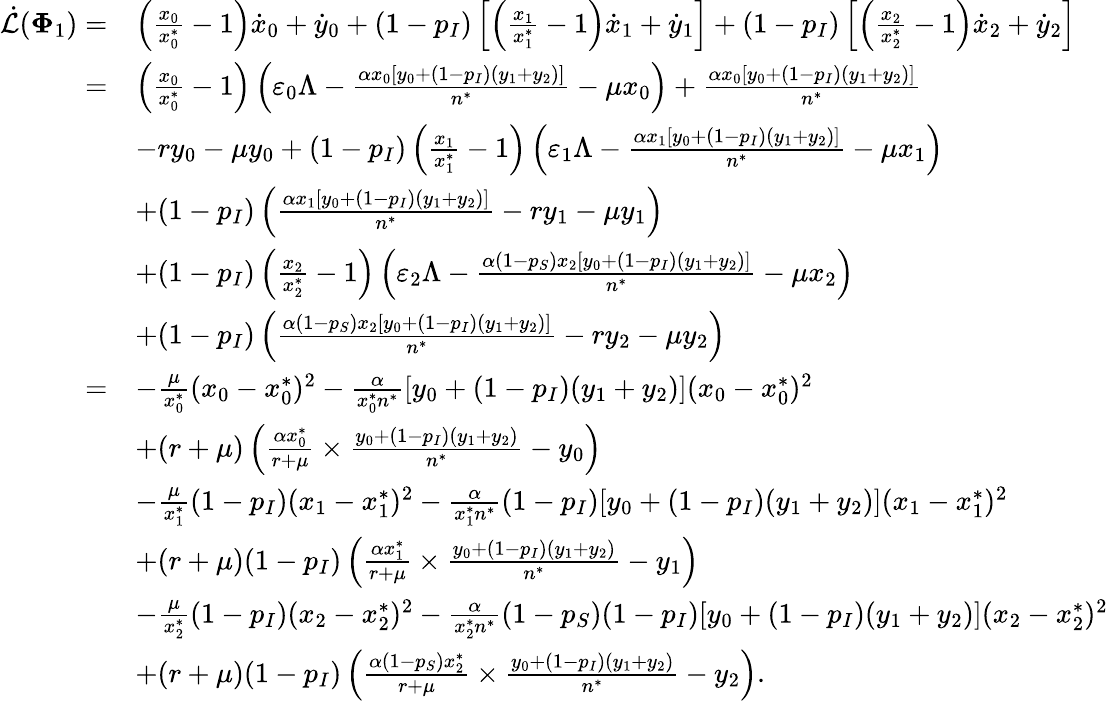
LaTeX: \begin{array}{rl}{\dot{\mathcal{L}}(\mathbf{\Phi}_{1})=}&{\left(\frac{x_{0}}{x_{0}^{*}}-1\right)\dot{x}_{0}+\dot{y}_{0}+(1-p_{I})\left[\left(\frac{x_{1}}{x_{1}^{*}}-1\right)\dot{x}_{1}+\dot{y}_{1}\right]+(1-p_{I})\left[\left(\frac{x_{2}}{x_{2}^{*}}-1\right)\dot{x}_{2}+\dot{y}_{2}\right]}\\ {=}&{\left(\frac{x_{0}}{x_{0}^{*}}-1\right)\left(\varepsilon_{0}\Lambda-\frac{\alpha x_{0}[y_{0}+(1-p_{I})(y_{1}+y_{2})]}{n^{*}}-\mu x_{0}\right)+\frac{\alpha x_{0}[y_{0}+(1-p_{I})(y_{1}+y_{2})]}{n^{*}}}\\ &{-ry_{0}-\mu y_{0}+(1-p_{I})\left(\frac{x_{1}}{x_{1}^{*}}-1\right)\left(\varepsilon_{1}\Lambda-\frac{\alpha x_{1}[y_{0}+(1-p_{I})(y_{1}+y_{2})]}{n^{*}}-\mu x_{1}\right)}\\ &{+(1-p_{I})\left(\frac{\alpha x_{1}[y_{0}+(1-p_{I})(y_{1}+y_{2})]}{n^{*}}-ry_{1}-\mu y_{1}\right)}\\ &{+(1-p_{I})\left(\frac{x_{2}}{x_{2}^{*}}-1\right)\left(\varepsilon_{2}\Lambda-\frac{\alpha(1-p_{S})x_{2}[y_{0}+(1-p_{I})(y_{1}+y_{2})]}{n^{*}}-\mu x_{2}\right)}\\ &{+(1-p_{I})\left(\frac{\alpha(1-p_{S})x_{2}[y_{0}+(1-p_{I})(y_{1}+y_{2})]}{n^{*}}-ry_{2}-\mu y_{2}\right)}\\ {=}&{-\frac{\mu}{x_{0}^{*}}(x_{0}-x_{0}^{*})^{2}-\frac{\alpha}{x_{0}^{*}n^{*}}[y_{0}+(1-p_{I})(y_{1}+y_{2})](x_{0}-x_{0}^{*})^{2}}\\ &{+(r+\mu)\left(\frac{\alpha x_{0}^{*}}{r+\mu}\times\frac{y_{0}+(1-p_{I})(y_{1}+y_{2})}{n^{*}}-y_{0}\right)}\\ &{-\frac{\mu}{x_{1}^{*}}(1-p_{I})(x_{1}-x_{1}^{*})^{2}-\frac{\alpha}{x_{1}^{*}n^{*}}(1-p_{I})[y_{0}+(1-p_{I})(y_{1}+y_{2})](x_{1}-x_{1}^{*})^{2}}\\ &{+(r+\mu)(1-p_{I})\left(\frac{\alpha x_{1}^{*}}{r+\mu}\times\frac{y_{0}+(1-p_{I})(y_{1}+y_{2})}{n^{*}}-y_{1}\right)}\\ &{-\frac{\mu}{x_{2}^{*}}(1-p_{I})(x_{2}-x_{2}^{*})^{2}-\frac{\alpha}{x_{2}^{*}n^{*}}(1-p_{S})(1-p_{I})[y_{0}+(1-p_{I})(y_{1}+y_{2})](x_{2}-x_{2}^{*})^{2}}\\ &{+(r+\mu)(1-p_{I})\left(\frac{\alpha(1-p_{S})x_{2}^{*}}{r+\mu}\times\frac{y_{0}+(1-p_{I})(y_{1}+y_{2})}{n^{*}}-y_{2}\right).}\end{array}